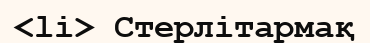
<li> Стерлітармақ